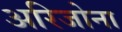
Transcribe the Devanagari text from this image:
अरिजोना